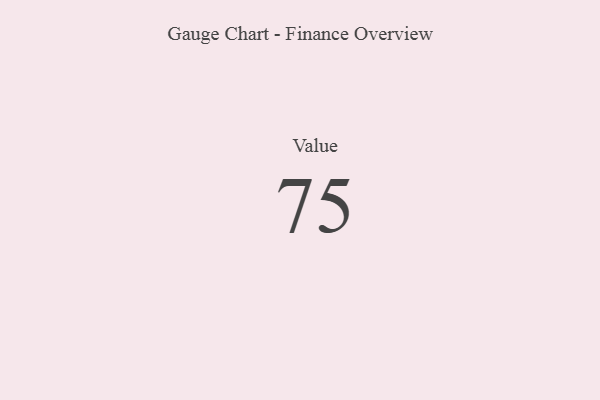
{"axis": {"x": "Metric", "y": "Value"}, "legend": [""], "data": [{"x": "Value", "y": 75, "type": ""}]}